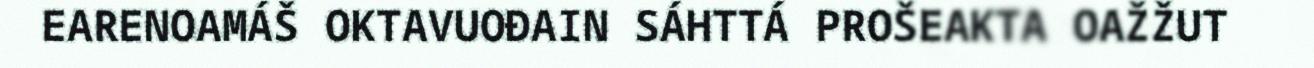
EARENOAMÁŠ OKTAVUOĐAIN SÁHTTÁ PROŠEAKTA OAŽŽUT